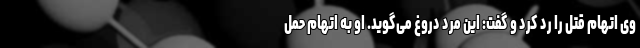
وی اتهام قتل را رد کرد و گفت: این مرد دروغ می‌گوید. او به اتهام حمل